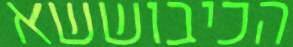
הכיבוששא